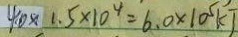
4 . 0 \times 1 . 5 \times 1 0 ^ { 4 } = 6 . 0 \times 1 0 ^ { 5 } k J